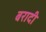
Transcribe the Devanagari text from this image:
बरादी